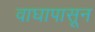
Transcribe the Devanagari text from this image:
वाघापासून